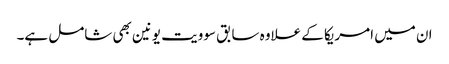
ان میں امریکا کے علاوہ سابق سوویت یونین بھی شامل ہے۔